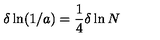
\delta \ln ( 1 / a ) = { \frac { 1 } { 4 } } \delta \ln N